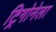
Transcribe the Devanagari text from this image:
ट्रिगोनेला